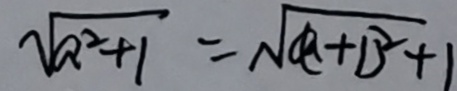
\sqrt { a ^ { 2 } + 1 } = \sqrt { ( a + 1 ) ^ { 2 } + 1 }